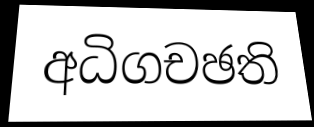
අධිගචඡති